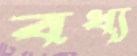
বধ্য